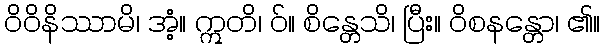
ဝိဝိနိဿာမိ၊ အံ့။ ဣတိ၊ ဝ်။ စိန္တေသိ၊ ပြီး။ ဝိစနန္တော၊ ၏။